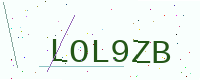
Text: LOL9ZB